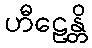
ဟီဠေန္တိ